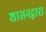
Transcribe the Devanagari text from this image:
शासनद्वारा